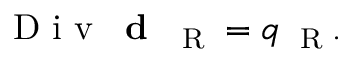
\mathrm { ~ D ~ i ~ v ~ } \, \textbf { d } _ { \mathrm { ~ \tiny ~ R ~ } } = q _ { \mathrm { ~ \tiny ~ R ~ } } .